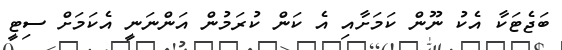
ބަޖެޓަކާ އެކު ނޫން ކަމަށާއި އެ ކަން ކުރަމުން އަންނަނީ އެކަމަށް ސިޓީ